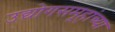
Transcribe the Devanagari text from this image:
उद्योगसमूहांच्या